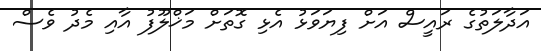
އަދާލަތުގެ ރައީސް އަށް ފިޔަވަޅު އެޅި ގޮތަށް މަޚްލޫފު އާއި މެދު ވެސް